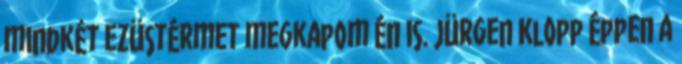
mindkét ezüstérmet megkapom én is. Jürgen Klopp éppen a